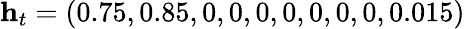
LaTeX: \mathbf{h}_{t}=(0.75,0.85,0,0,0,0,0,0,0,0.015)